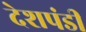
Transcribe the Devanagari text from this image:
देशपंडी